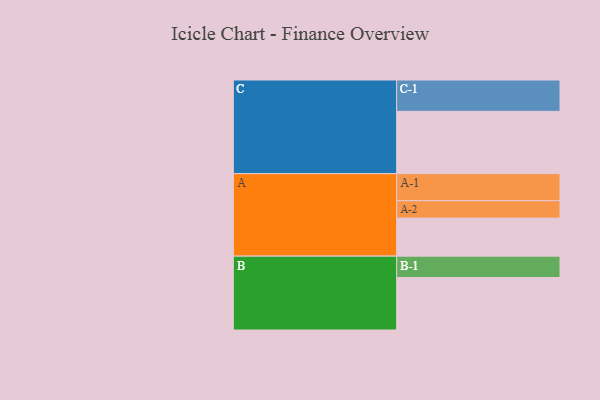
{"axis": {"x": "Segment", "y": "Value"}, "legend": ["", "A", "B", "C"], "data": [{"x": "A", "y": 336, "type": ""}, {"x": "B", "y": 464, "type": ""}, {"x": "C", "y": 551, "type": ""}, {"x": "A-1", "y": 239, "type": "A"}, {"x": "A-2", "y": 154, "type": "A"}, {"x": "B-1", "y": 189, "type": "B"}, {"x": "C-1", "y": 277, "type": "C"}]}